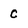
Character: c